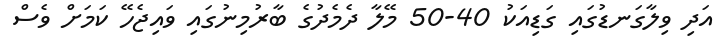
އަދި ވިލާގަނޑުގައި ގަޑިއަކު 40-50 މޭލާ ދެމެދުގެ ބާރުމިނުގައި ވައިޖެހޭ ކަމަށް ވެސް